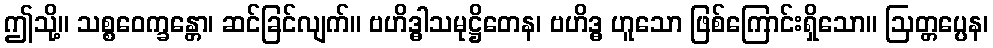
ဤသို့။ သစ္စဝေက္ခန္တော၊ ဆင်ခြင်လျက်။ ဗဟိဒ္ဓါသမုဋ္ဌိတေန၊ ဗဟိဒ္ဓ ဟူသော ဖြစ်ကြောင်းရှိသော။ ဩတ္တပ္ပေန၊